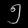
Digit: ၅